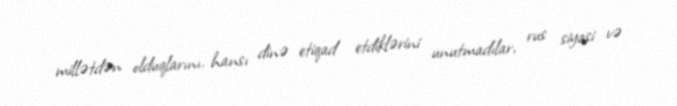
millətdən olduqlarını, hansı dinə etiqad etdiklərini unutmadılar, rus siyasi və